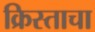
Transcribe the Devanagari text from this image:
क्रिस्ताचा